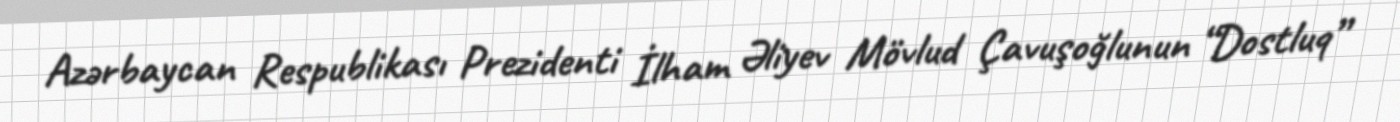
Azərbaycan Respublikası Prezidenti İlham Əliyev Mövlud Çavuşoğlunun “Dostluq”